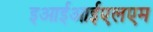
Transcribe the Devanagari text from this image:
इआईआईएलएम